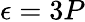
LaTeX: \epsilon=3P